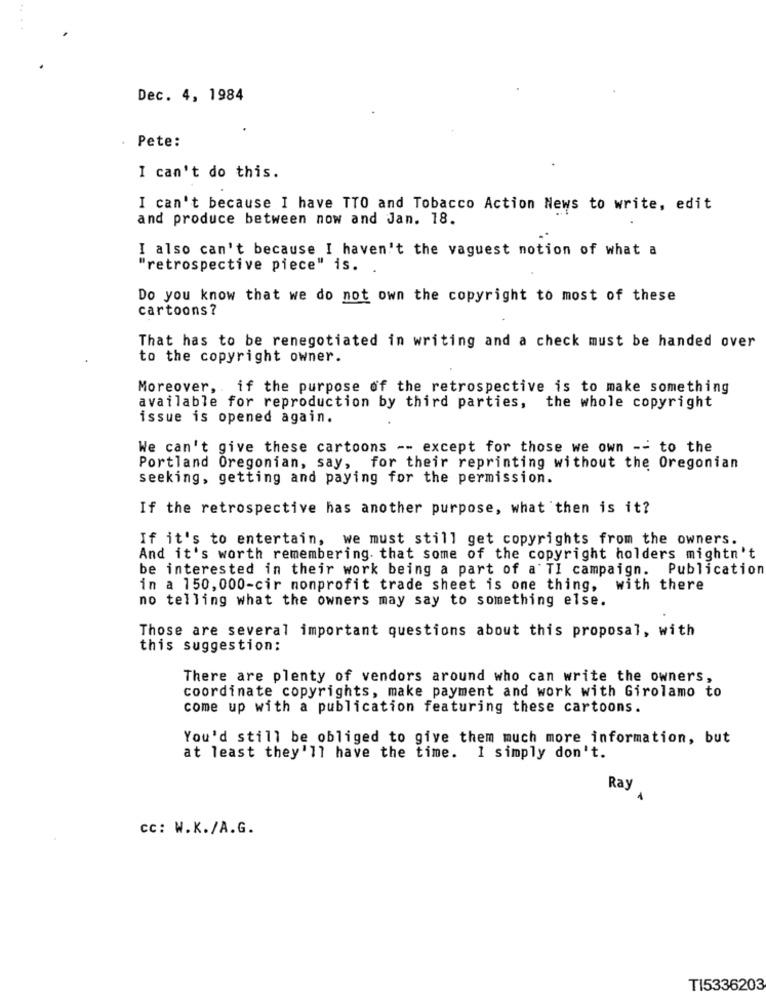
Dec. 4, 1984
Pete:
I can't do this.
I can't because I have TTO and Tobacco Action News to write, edit
and produce between now and Jan. 18.
I also can't because I haven't the vaguest notion of what a
"retrospective piece" is.
Do you know that we do not own the copyright to most of these
cartoons ?
That has to be renegotiated in writing and a check must be handed over
to the copyright owner.
Moreover, . if the purpose of the retrospective is to make something
available for reproduction by third parties, the whole copyright
issue is opened again.
We can't give these cartoons -- except for those we own -- to the
Portland Oregonian, say, for their reprinting without the Oregonian
seeking, getting and paying for the permission.
If the retrospective has another purpose, what then is it?
If it's to entertain, we must still get copyrights from the owners.
And it's worth remembering. that some of the copyright holders mightn't
be interested in their work being a part of a TI campaign. Publication
in a 150, 000-cir nonprofit trade sheet is one thing, with there
no telling what the owners may say to something else.
Those are several important questions about this proposal, with
this suggestion:
There are plenty of vendors around who can write the owners,
coordinate copyrights, make payment and work with Girolamo to
come up with a publication featuring these cartoons.
You'd still be obliged to give them much more information, but
at least they'll have the time. 1 simply don't.
Ray
cc: W.K./A.G.
TI5336203